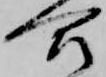
合